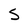
Character: S